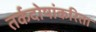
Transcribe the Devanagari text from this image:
तर्कदोषांकरिता